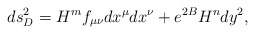
\begin{align*}ds^2_D =H^m f_{\mu\nu} dx^{\mu}dx^{\nu} +e^{2B} H^n dy^2 ,\end{align*}